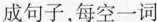
成句子，每空一词